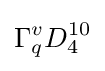
\Gamma _{q}^{v}D_{4}^{10}